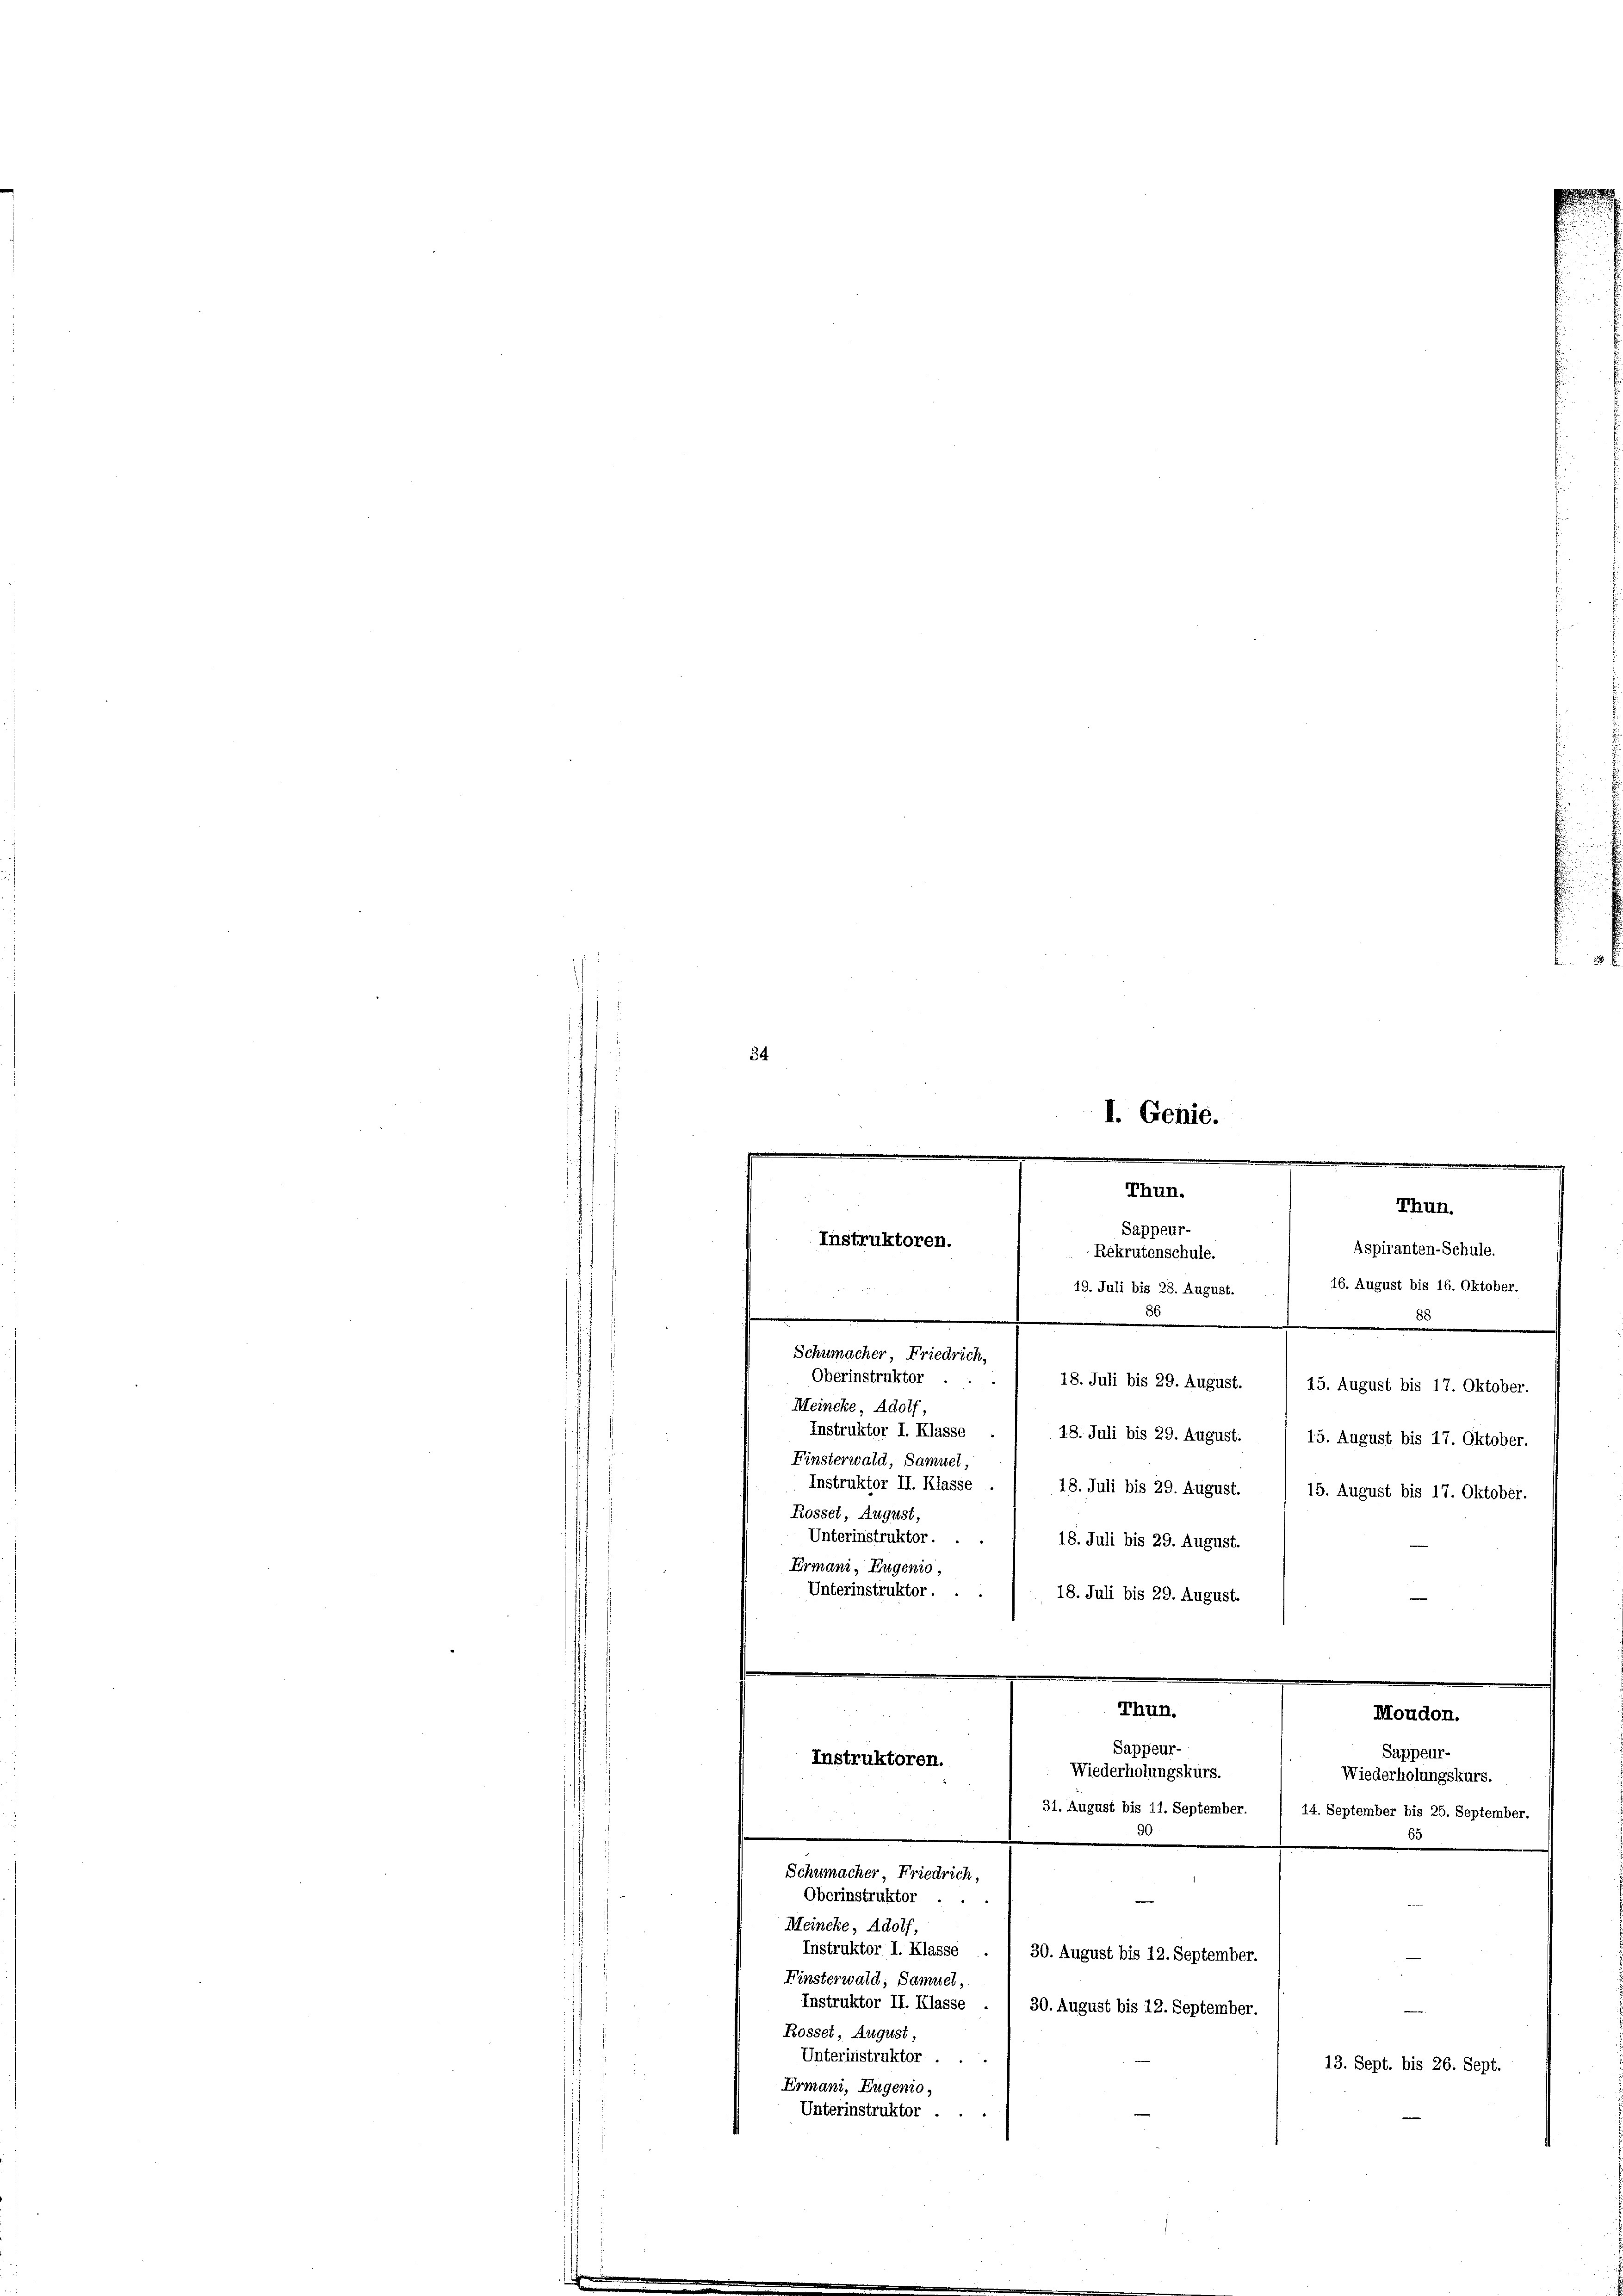
34.
Oberinstruktor
.
18. Juli bis 29. August.
15. August bis 17. Oktober.
Meincke, Adolf,
Instruktor I. Klasse . / 18. Juli bis 29. August. / 15. August bis 17. Oktober.
Finsterwald, Samuel,
Instruktor II. Klasse
18. Juli bis 29. August. / 15. August bis 17. Oktober.
Rosset, August,
Unterinstruktor.
18. Juli bis 29. August.
Ermani, Eugenio,
Unterinstruktor . . . / 18. Juli bis 29. August.
.
.
Thun.
Moudon.

e
I. Genie.
¬
.
e
m
.
Thun.
Thun.
Sappeur-
Instruktoren.
Aspiranten-Schule.
Rekrutenschule.
16. August bis 16. Oktober.
19. Juli bis 28. August.
.
n
o
Schumacher, Friedrich,

Instruktoren.

30. August bis 12. September.
Rosset, August,
Unterinstruktor .
Ermani, Eugenio,
Unterinstruktor

Schumacher, Friedrich,
Oberinstruktor . .
Meincke, Adolf,
Instruktor I. Klasse
Finsterwald, Samuel,
Instruktor II. Klasse

Sappeur-
Sappeur-
Wiederholungskurs.
Wiederholungskurs.
31. August bis 11. September. ( 14. September bis 25. September
65
3
30. August bis 12. September.
13. Sept. bis 26. Sept.